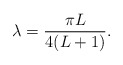
\begin{align*}\lambda=\frac{\pi L}{4(L+1)}.\end{align*}